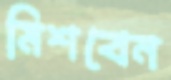
মিশবেন